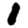
Digit: 1